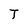
Character: T